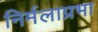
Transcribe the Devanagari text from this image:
निर्मलाप्रभा